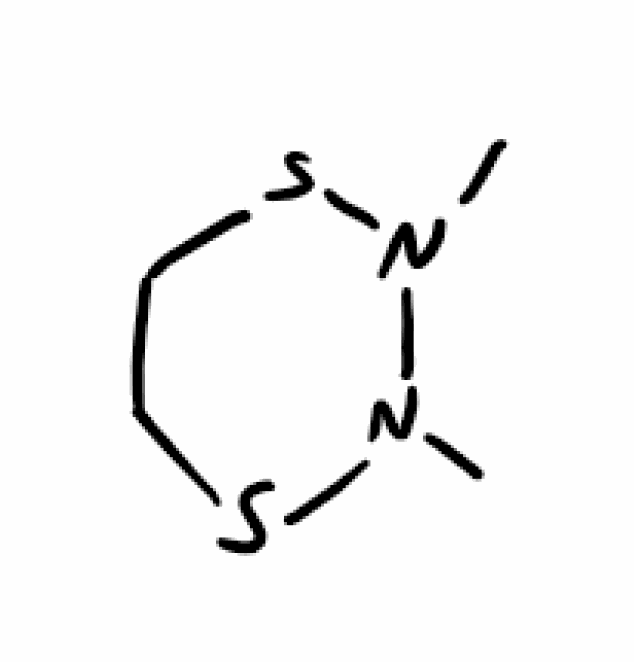
Simplified molecular-input line-entry system (SMILES) notation of the given molecule:
CN1N(SCCS1)C